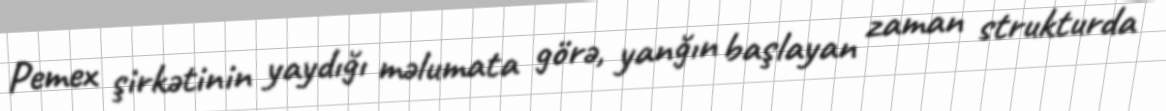
Pemex şirkətinin yaydığı məlumata görə, yanğın başlayan zaman strukturda